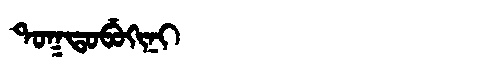
Manchu: ᡨᠣᡴᡨᠣᠪᡠᡴᡳᠨᡳ
Romanization: TOKTOBUKINI